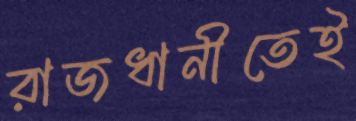
রাজধানীতেই